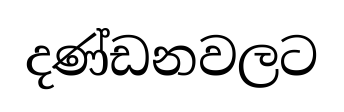
දණ්ඩනවලට